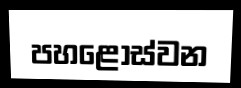
පහළොස්වන